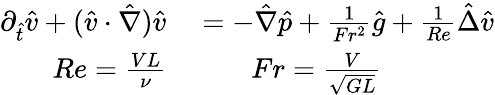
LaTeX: \begin{array}{rl}{\partial_{\hat{t}}\hat{v}+(\hat{v}\cdot\hat{\nabla})\hat{v}}&{{}=-\hat{\nabla}\hat{p}+\frac{1}{Fr^{2}}\hat{g}+\frac{1}{Re}\hat{\Delta}\hat{v}}\\ {Re=\frac{VL}{\nu}}&{{}\qquad Fr=\frac{V}{\sqrt{GL}}}\end{array}